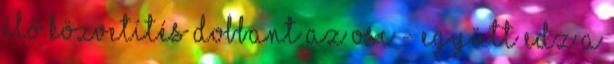
élő közvetítés Dobbant az OSC - együtt edz a